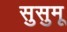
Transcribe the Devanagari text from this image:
सुसुमू